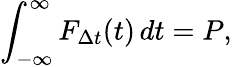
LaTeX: \int_{-\infty}^{\infty}F_{\Delta t}(t)\, dt=P,